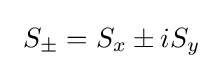
\ S_{\pm }=S_{x}\pm iS_{y}\